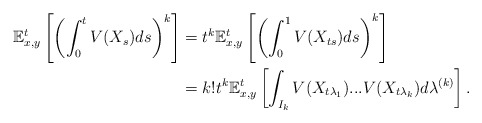
\begin{align*}\mathbb{E}^{t}_{x,y}\left[\left( \int_{0}^{t}V(X_s)ds\right)^k\right]&=t^{k}\mathbb{E}^{t}_{x,y}\left[\left( \int_{0}^{1}V(X_{ts})ds\right)^k\right] \\ &=k!t^{k}\mathbb{E}^{t}_{x,y}\left[\int_{I_{k}}V(X_{t\lambda_1})...V(X_{t\lambda_{k}})d\lambda^{(k)}\right].\end{align*}